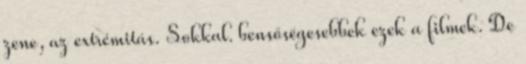
zene, az extrémitás. Sokkal. bensőségesebbek ezek a filmek. De